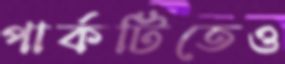
পার্কটিতেও